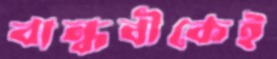
বান্ধবীকেই